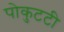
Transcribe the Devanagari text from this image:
पोकुटटी